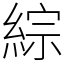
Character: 綜